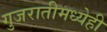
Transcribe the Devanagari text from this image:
गुजरातीमध्येही